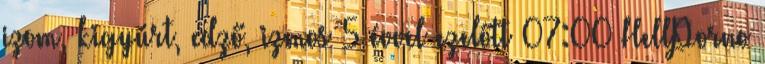
izom, kigyúrt, edző, izmos 5 évvel ezelőtt 07:00 HellPorno